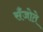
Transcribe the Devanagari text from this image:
सँजोते